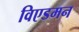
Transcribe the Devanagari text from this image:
विएडमन